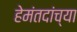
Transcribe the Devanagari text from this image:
हेमंतदांच्या